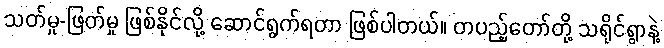
သတ်မှု-ဖြတ်မှု ဖြစ်နိုင်လို့ ဆောင်ရွက်ရတာ ဖြစ်ပါတယ်။ တပည့်တော်တို့ သရိုင်ရွာနဲ့